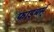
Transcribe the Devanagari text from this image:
फाइबर्स्